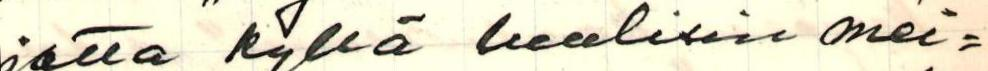
jotta kyllä luulisin mei=